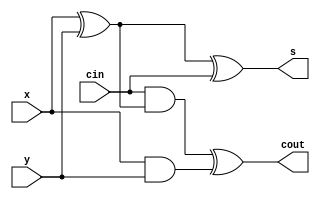
//Full Adder in Data flow model

module full_adder(s,cout,x,y,cin);
input wire x,y,cin;
output wire s,cout;
wire c1,c2,s1;
xor (s,x,y,cin),(s1,x,y),(cout,c2,c1);
and (c1,x,y),(c2,cin,s1);
endmodule